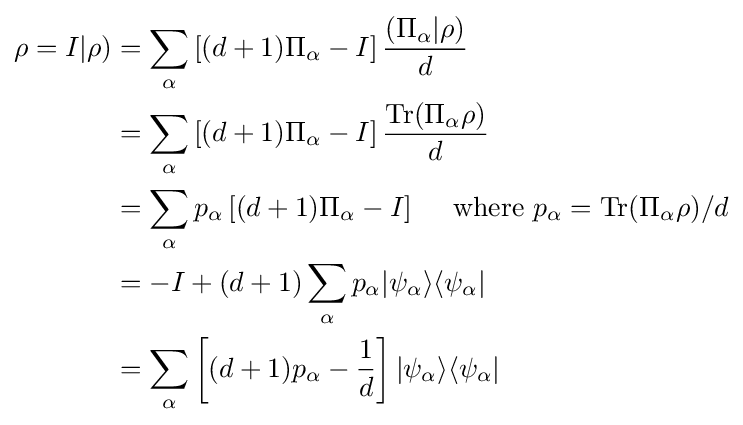
{\begin{aligned}\rho =I|\rho )&=\displaystyle \sum _{\alpha }\left[(d+1)\Pi _{\alpha }-I\right]{\frac {(\Pi _{\alpha }|\rho )}{d}}\\&=\displaystyle \sum _{\alpha }\left[(d+1)\Pi _{\alpha }-I\right]{\frac {\mathrm {Tr} (\Pi _{\alpha }\rho )}{d}}\\&=\displaystyle \sum _{\alpha }p_{\alpha }\left[(d+1)\Pi _{\alpha }-I\right]\quad {\text{ where }}p_{\alpha }=\mathrm {Tr} (\Pi _{\alpha }\rho )/d\\&=\displaystyle -I+(d+1)\sum _{\alpha }p_{\alpha }|\psi _{\alpha }\rangle \langle \psi _{\alpha }|\\&=\displaystyle \sum _{\alpha }\left[(d+1)p_{\alpha }-{\frac {1}{d}}\right]|\psi _{\alpha }\rangle \langle \psi _{\alpha }|\end{aligned}}